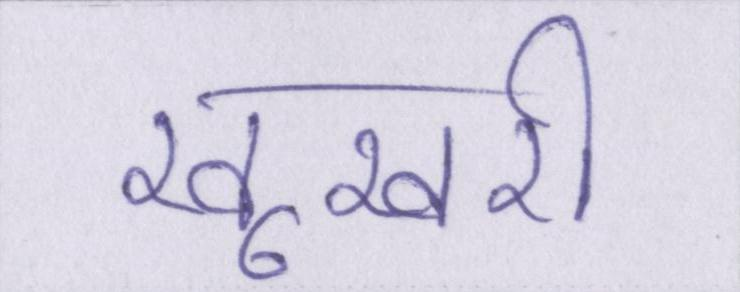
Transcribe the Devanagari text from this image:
खूखरी